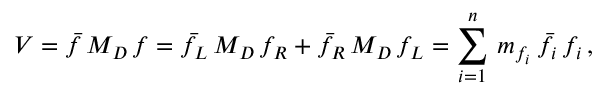
V = \bar { f } \, M _ { D } \, f = \bar { f } _ { L } \, M _ { D } \, f _ { R } + \bar { f } _ { R } \, M _ { D } \, f _ { L } = \sum _ { i = 1 } ^ { n } \, m _ { f _ { i } } \, \bar { f } _ { i } \, f _ { i } \, ,